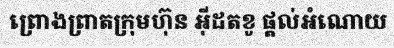
ព្រោងព្រាតក្រុមហ៊ុន អ៊ីដតខូ ផ្តល់អំណោយ